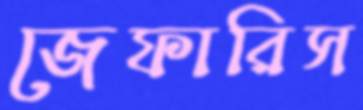
জেফারিস